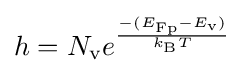
h=N_{\text{v}}e^{\frac {-(E_{\text{Fp}}-E_{\text{v}})}{k_{\text{B}}T}}